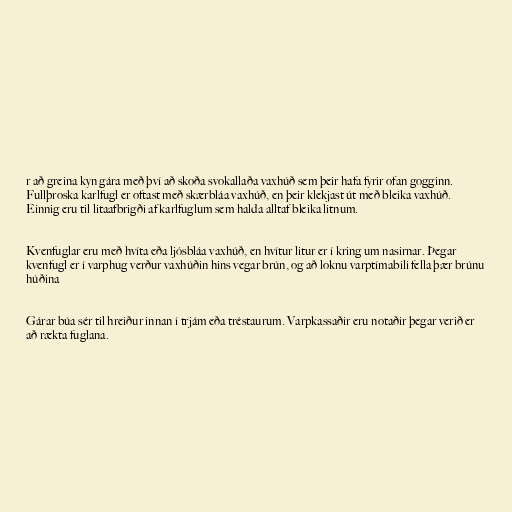
r að greina kyn gára með því að skoða svokallaða vaxhúð sem þeir hafa fyrir ofan gogginn.
Fullþroska karlfugl er oftast með skærbláa vaxhúð, en þeir klekjast út með bleika vaxhúð.
Einnig eru til litaafbrigði af karlfuglum sem halda alltaf bleika litnum.

Kvenfuglar eru með hvíta eða ljósbláa vaxhúð, en hvítur litur er í kring um nasirnar. Þegar
kvenfugl er í varphug verður vaxhúðin hins vegar brún, og að loknu varptímabili fella þær brúnu
húðina

Gárar búa sér til hreiður innan í trjám eða tréstaurum. Varpkassaðir eru notaðir þegar verið er
að rækta fuglana.